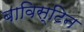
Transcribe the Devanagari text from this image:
बाविस्टिन